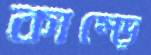
কাম্‌ড়ে